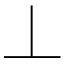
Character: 丄